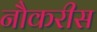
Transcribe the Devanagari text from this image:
नौकरीस